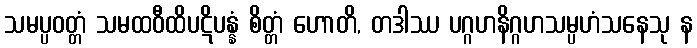
သမပ္ပဝတ္တံ သမထဝီထိပဋိပန္နံ စိတ္တံ ဟောတိ, တဒါဿ ပဂ္ဂဟနိဂ္ဂဟသမ္ပဟံသနေသု န